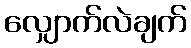
လျှောက်လဲချက်